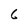
Character: 6